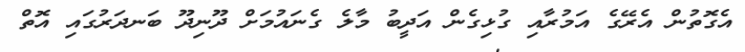
އެގޮތުން އެރޭގެ އަމުރާއި ގުޅިގެން އަދީބު މާލެ ގެނައުމަށް ދޫނިދޫ ބަނދަރުގައި އޮތް